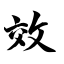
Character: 效